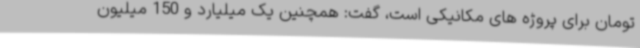
تومان برای پروژه های مکانیکی است، گفت: همچنین یک میلیارد و 150 میلیون